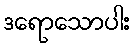
ဒရောသောပါး